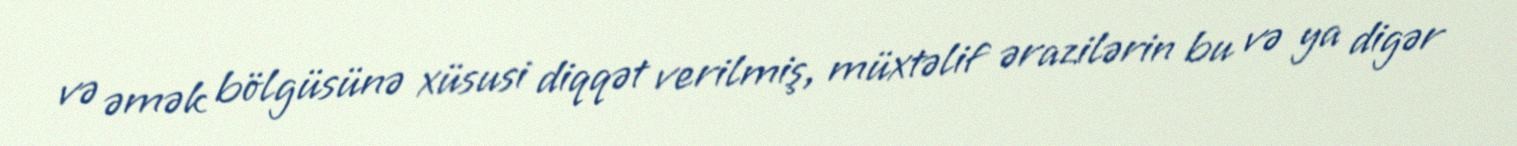
və əmək bölgüsünə xüsusi diqqət verilmiş, müxtəlif ərazilərin bu və ya digər